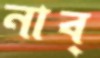
নাব্‌